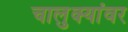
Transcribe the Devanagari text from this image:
चालुक्यांवर